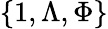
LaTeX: \{ 1,\Lambda,\Phi\}